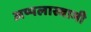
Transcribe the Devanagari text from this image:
अप्पलास्वामी